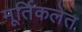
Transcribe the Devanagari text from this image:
मूर्तिकलेत